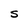
Character: S